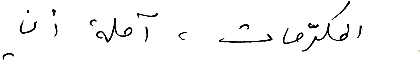
المكرّمات، آملة أن